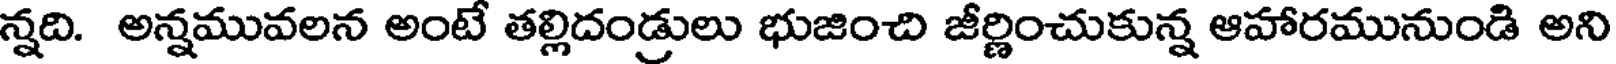
న్నది. అన్నమువలన అంటే తల్లిదండ్రులు భుజించి జీర్ణించుకున్న ఆహారమునుండి అని